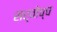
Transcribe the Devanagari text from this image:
सर्वाेच्च